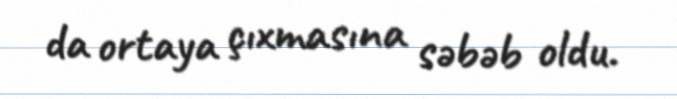
da ortaya çıxmasına səbəb oldu.